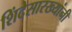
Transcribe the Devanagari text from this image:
शिंदेसारख्यांनी